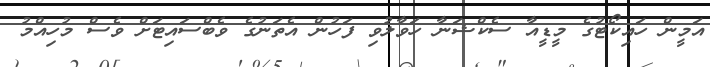
އަމީން ހައިކޯޓުގެ މީޑީއާ ސެކްޝަނާ ހަވާލުވި ފަހުން އެތަނުގެ ވެބްސައިޓަށް ވެސް މުހިއްމު